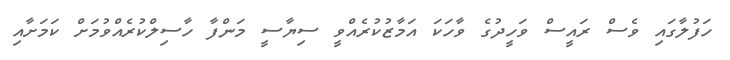
ހަފުލާގައި ވެސް ރައީސް ވަހީދުގެ ވާހަކަ އަމާޒުކުރެއްވީ ސިޔާސީ މަންފާ ހާސިލްކުރެއްވުމަށް ކަމަށާއި